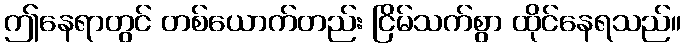
ဤနေရာတွင် တစ်ယောက်တည်း ငြိမ်သက်စွာ ထိုင်နေရသည်။